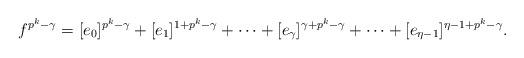
LaTeX: \begin{align*}f^{p^k - \gamma} = [e_{0}]^{p^k - \gamma} + [e_{1}]^{1 + p^k - \gamma} + \dots + [e_{\gamma}]^{\gamma + p^k- \gamma} + \cdots + [e_{\eta-1}]^{\eta - 1 + p^k - \gamma}. \end{align*}